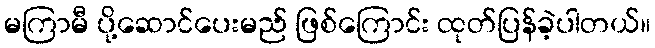
မကြာမီ ပို့ဆောင်ပေးမည် ဖြစ်ကြောင်း ထုတ်ပြန်ခဲ့ပါတယ်။